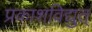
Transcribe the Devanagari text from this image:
प्रकाशविद्युत्‌